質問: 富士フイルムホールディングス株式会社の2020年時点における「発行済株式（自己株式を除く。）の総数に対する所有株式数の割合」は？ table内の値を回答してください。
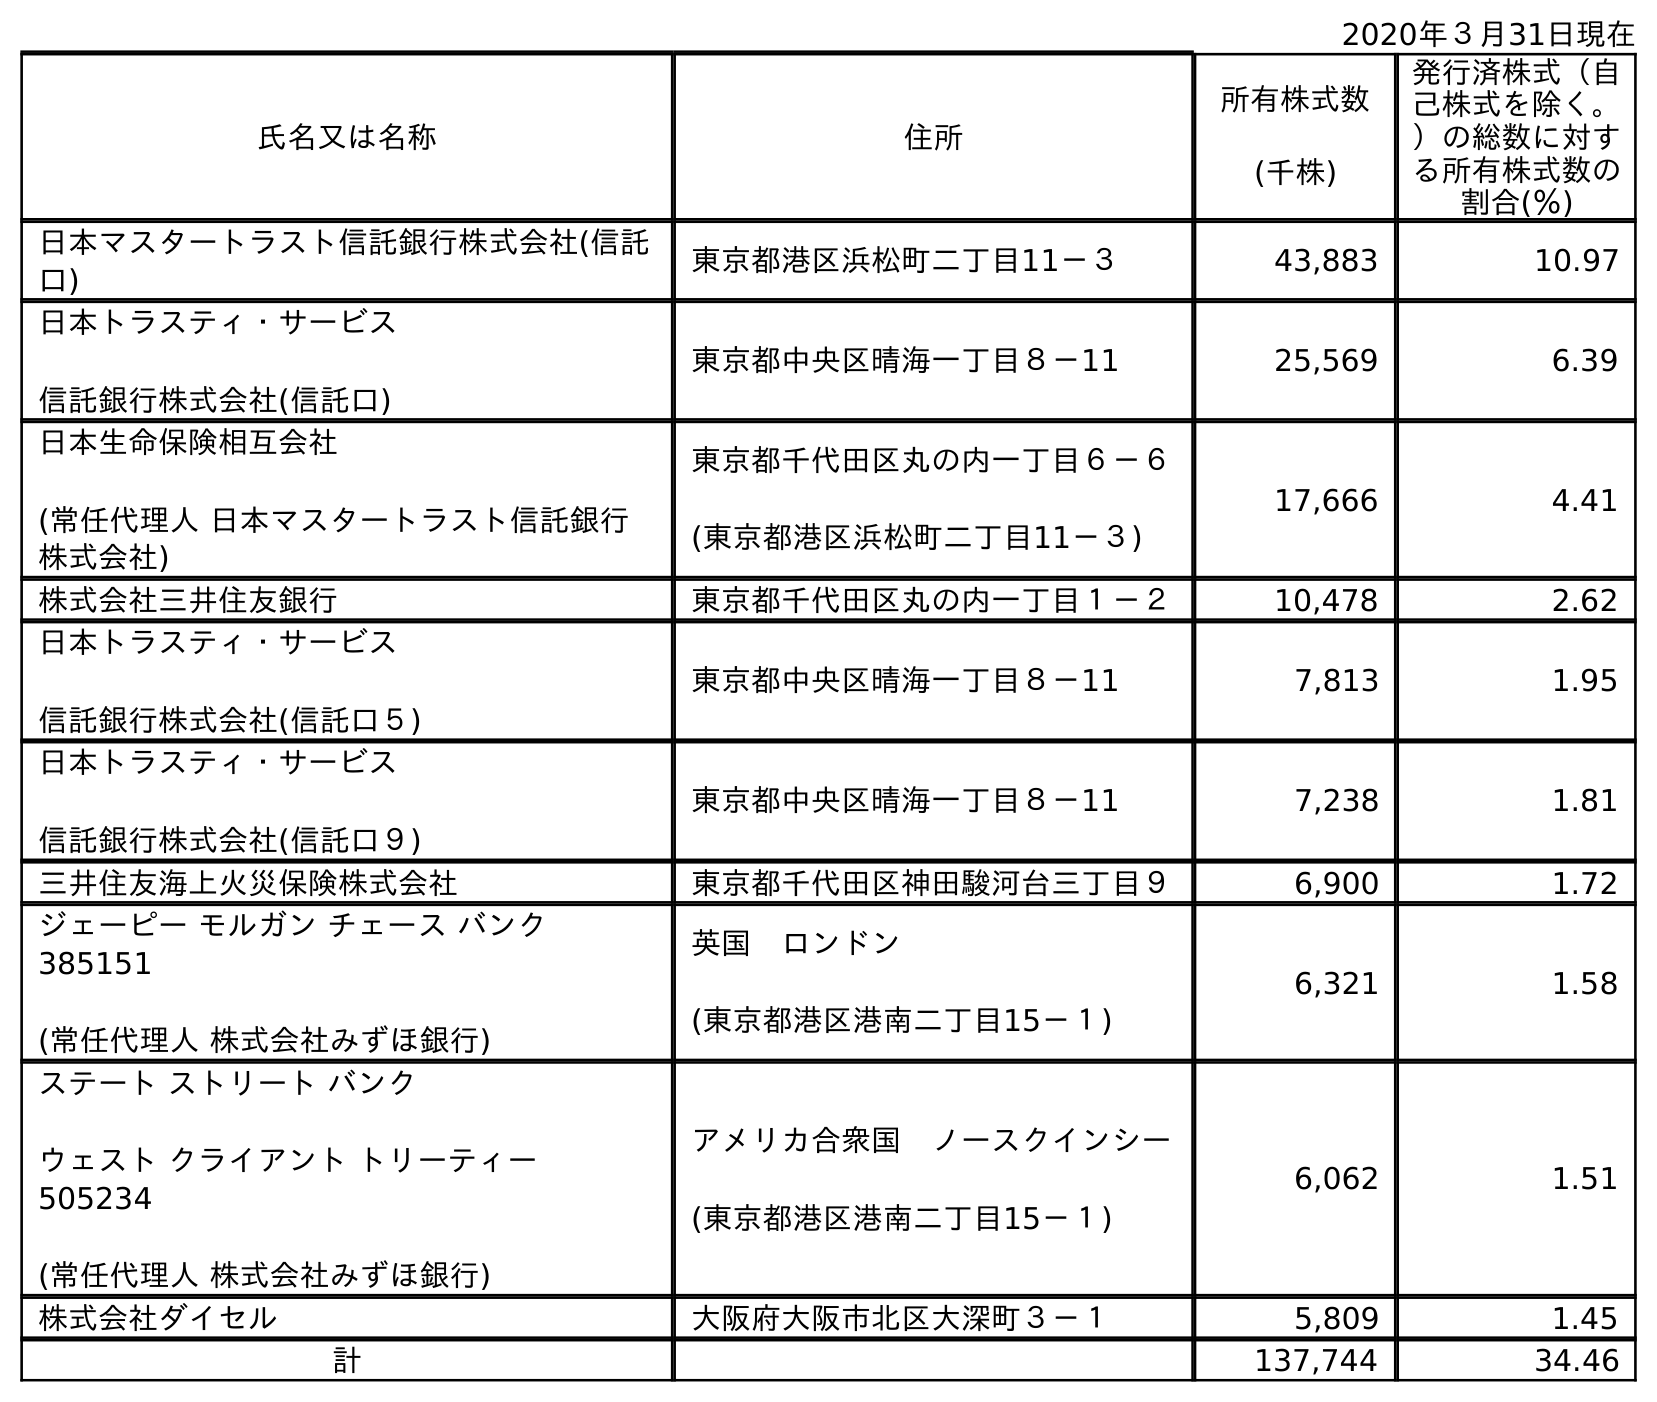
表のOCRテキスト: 2020年３月31日現在 氏名又は名称 住所 所有株式数 (千株) 発行済株式（自 己株式を除く。 ）の総数に対す る所有株式数の 割合(％) 日本マスタートラスト信託銀行株式会社(信託 口) 東京都港区浜松町二丁目11－３ 43,883 10.97 日本トラスティ・サービス 信託銀行株式会社(信託口) 東京都中央区晴海一丁目８－11 25,569 6.39 日本生命保険相互会社 (常任代理人 日本マスタートラスト信託銀行 株式会社) 東京都千代田区丸の内一丁目６－６ (東京都港区浜松町二丁目11－３) 17,666 4.41 株式会社三井住友銀行 東京都千代田区丸の内一丁目１－２ 10,478 2.62 日本トラスティ・サービス 信託銀行株式会社(信託口５) 東京都中央区晴海一丁目８－11 7,813 1.95 日本トラスティ・サービス 信託銀行株式会社(信託口９) 東京都中央区晴海一丁目８－11 7,238 1.81 三井住友海上火災保険株式会社 東京都千代田区神田駿河台三丁目９ 6,900 1.72 ジェーピー モルガン チェース バンク 385151 (常任代理人 株式会社みずほ銀行) 英国 ロンドン (東京都港区港南二丁目15－１) 6,321 1.58 ステート ストリート バンク ウェスト クライアント トリーティー 505234 (常任代理人 株式会社みずほ銀行) アメリカ合衆国 ノースクインシー (東京都港区港南二丁目15－１) 6,062 1.51 株式会社ダイセル 大阪府大阪市北区大深町３－１ 5,809 1.45 計 137,744 34.46
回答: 34.46